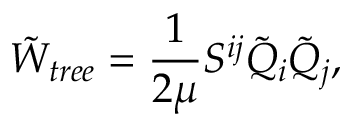
\tilde { W } _ { t r e e } = \frac { 1 } { 2 \mu } S ^ { i j } \tilde { Q } _ { i } \tilde { Q } _ { j } ,